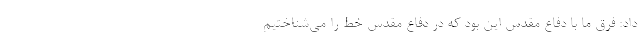
داد: فرق ما با دفاع مقدس این بود که در دفاع مقدس خط را می‌شناختیم